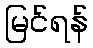
မြင်ရန်